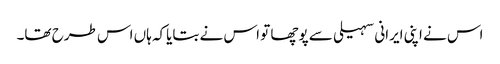
اس نے اپنی ایرانی سہیلی سے پوچھا تو اس نے بتایاکہ ہاں اس طرح تھا۔